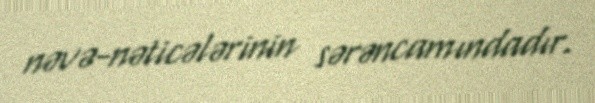
nəvə-nəticələrinin sərəncamındadır.